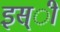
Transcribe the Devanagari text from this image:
इस्ी